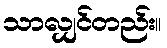
သာလျှင်တည်း။